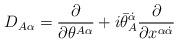
LaTeX: \begin{align*}D_{A\alpha} = {\partial\over\partial\theta^{A\alpha}} +i\bar\theta_A^{\dot\alpha} {\partial\over\partial x^{\alpha\dot\alpha}}\end{align*}